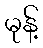
မုန့်